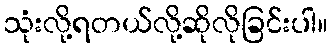
သုံးလို့ရတယ်လို့ဆိုလိုခြင်းပါ။